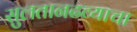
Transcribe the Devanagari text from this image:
सुलतानढव्याचा